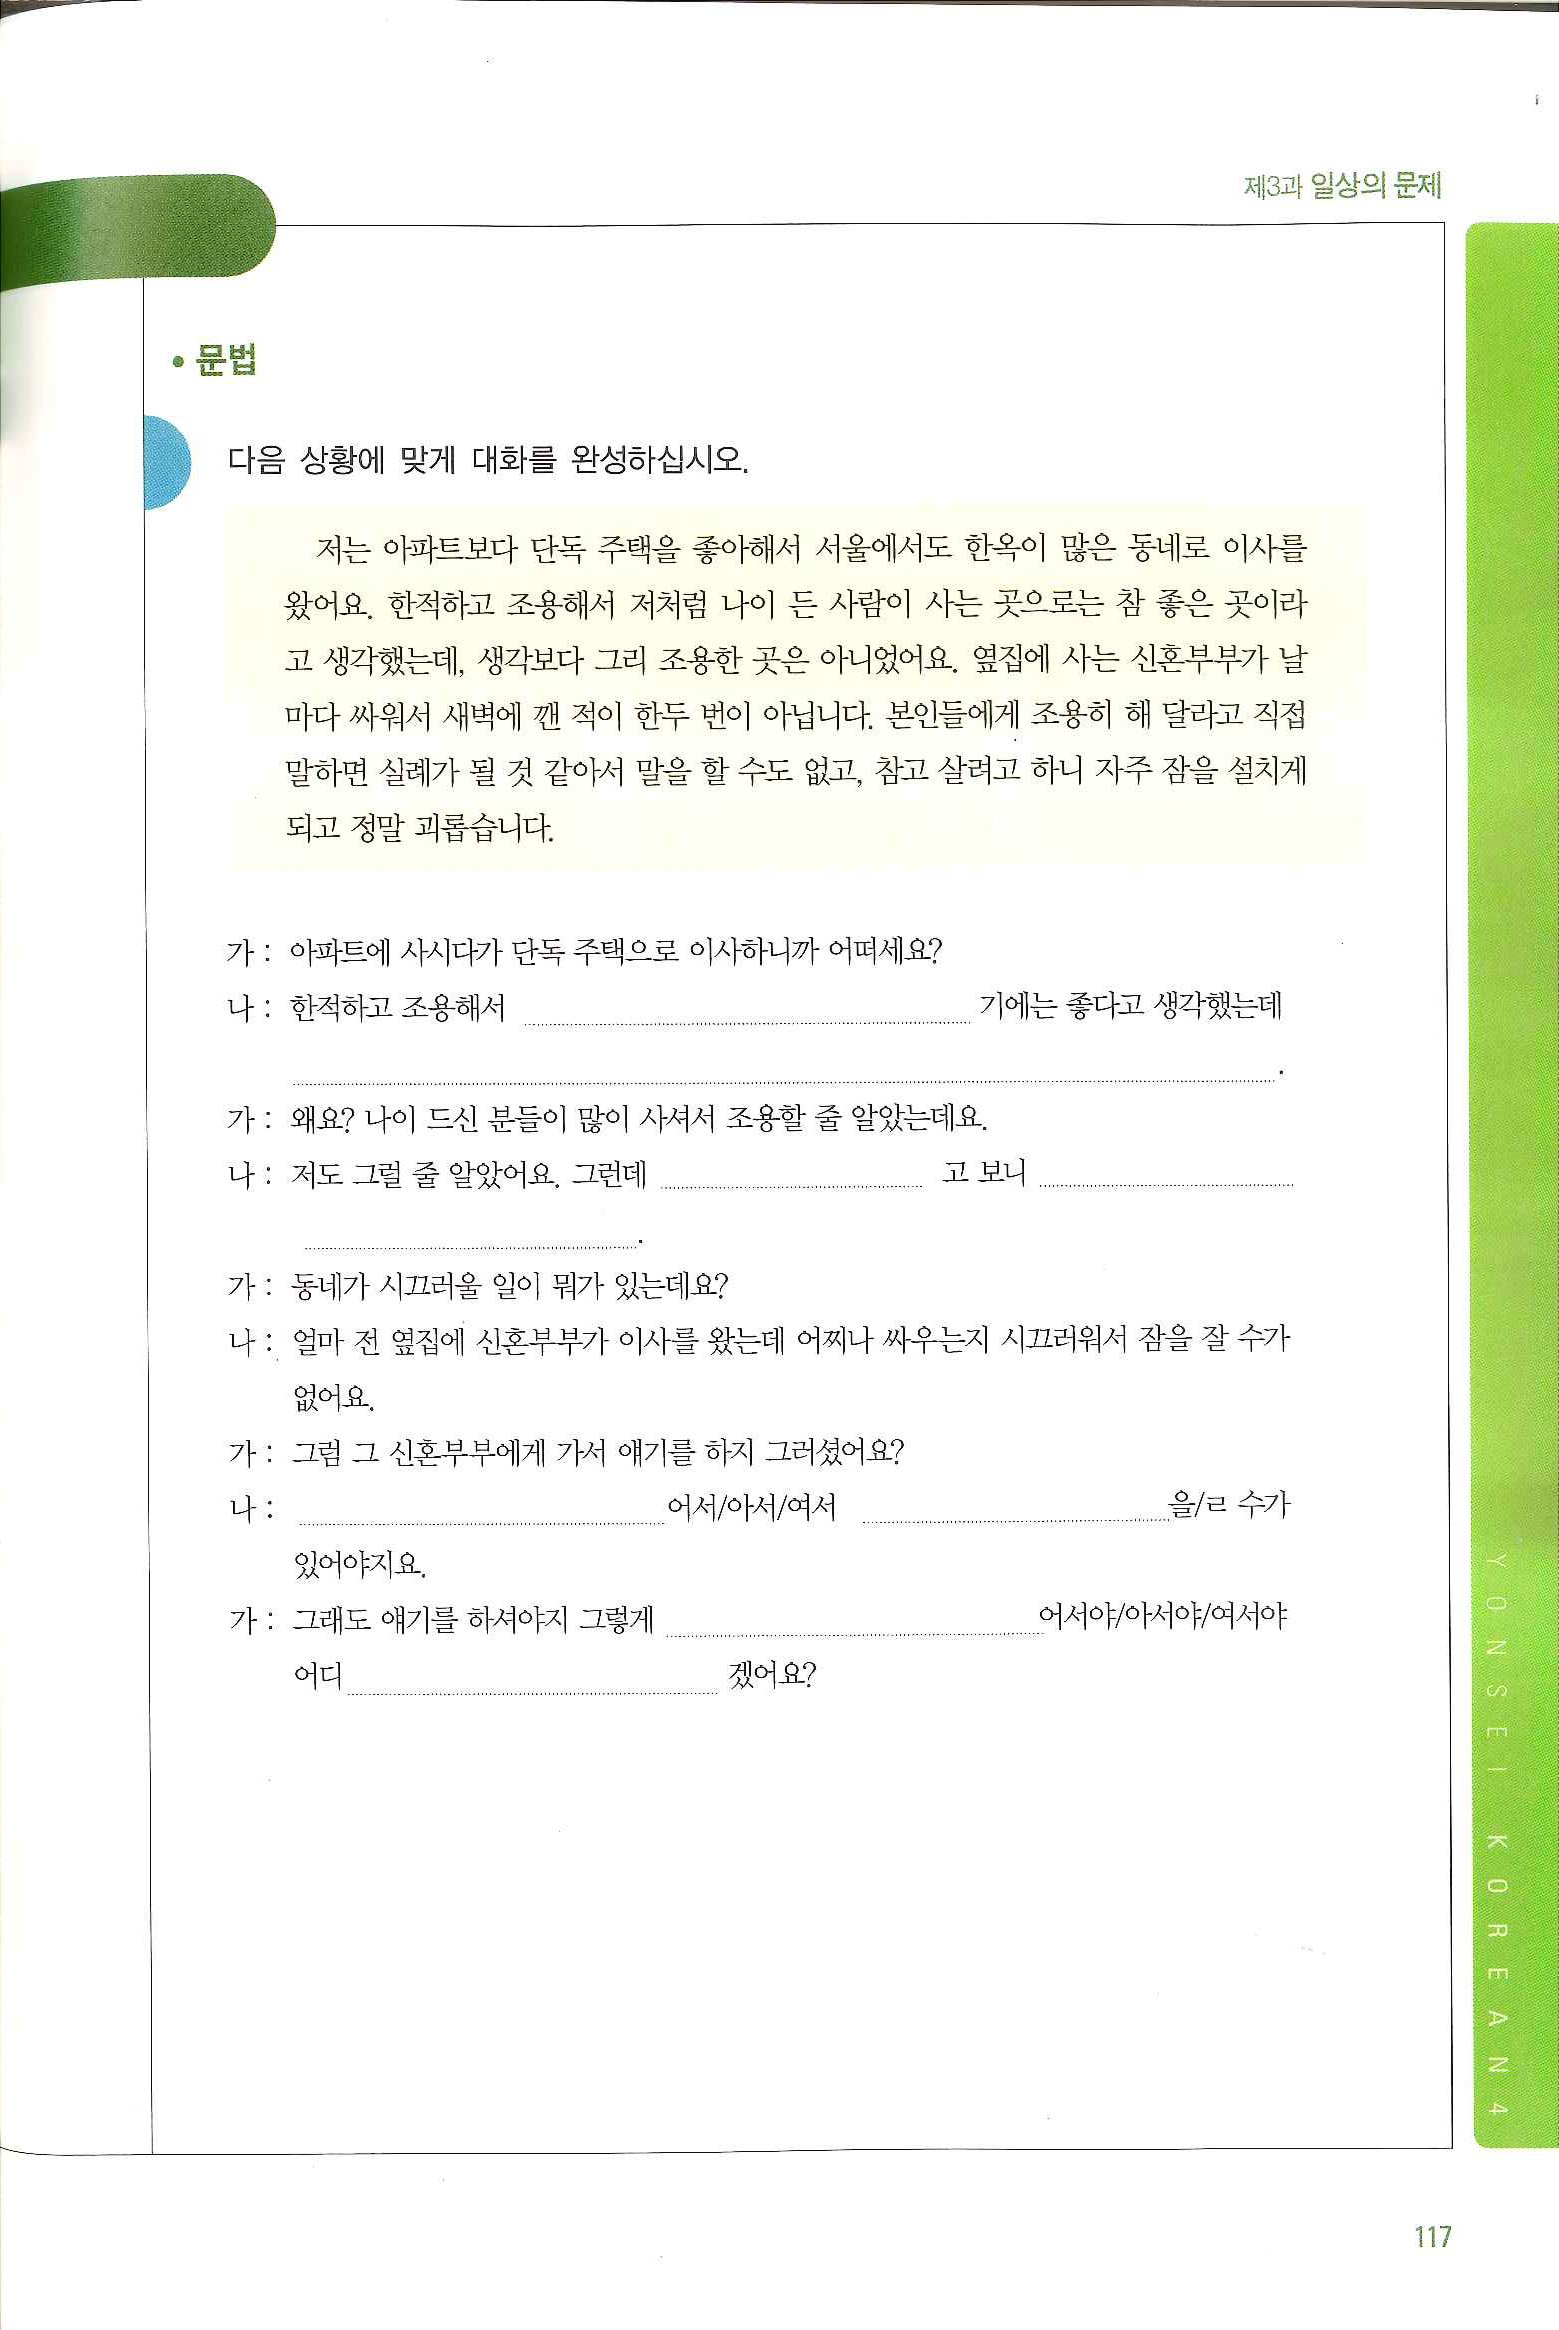
Language: ko